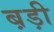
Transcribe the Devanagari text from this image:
ब़ड़ी